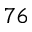
^ { 7 6 }